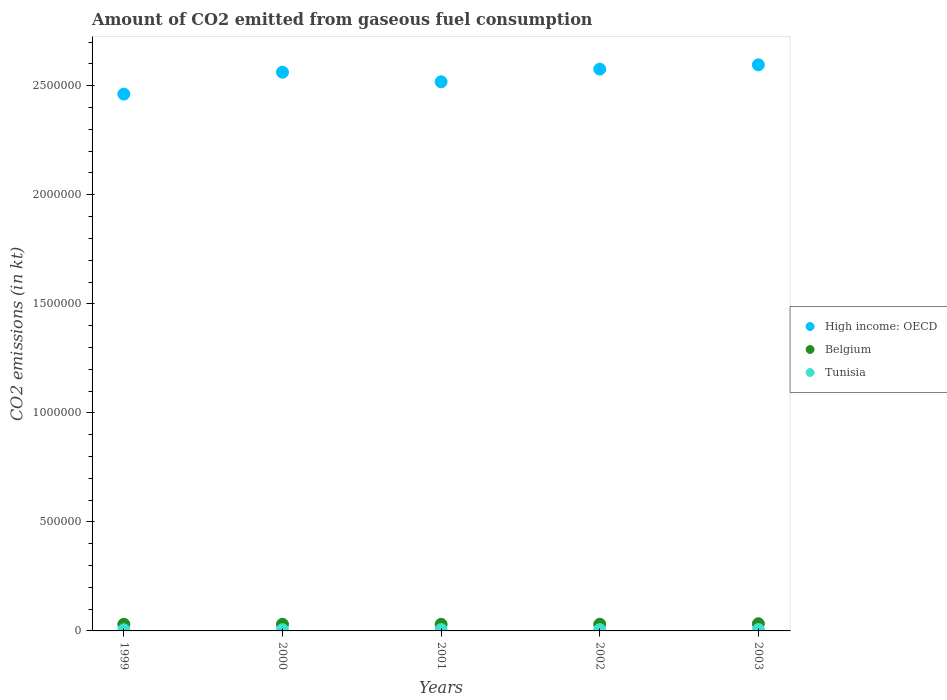
| Years | High income: OECD | Belgium | Tunisia |
 | --- | --- | --- | --- |
 | 1999 | 2.46e+06 | 3.05e+04 | 5.03e+03 |
 | 2000 | 2.56e+06 | 3.06e+04 | 5.34e+03 |
 | 2001 | 2.52e+06 | 3.02e+04 | 5.92e+03 |
 | 2002 | 2.58e+06 | 3.06e+04 | 5.92e+03 |
 | 2003 | 2.6e+06 | 3.3e+04 | 6.25e+03 |